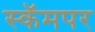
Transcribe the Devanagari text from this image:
स्कॅमपर